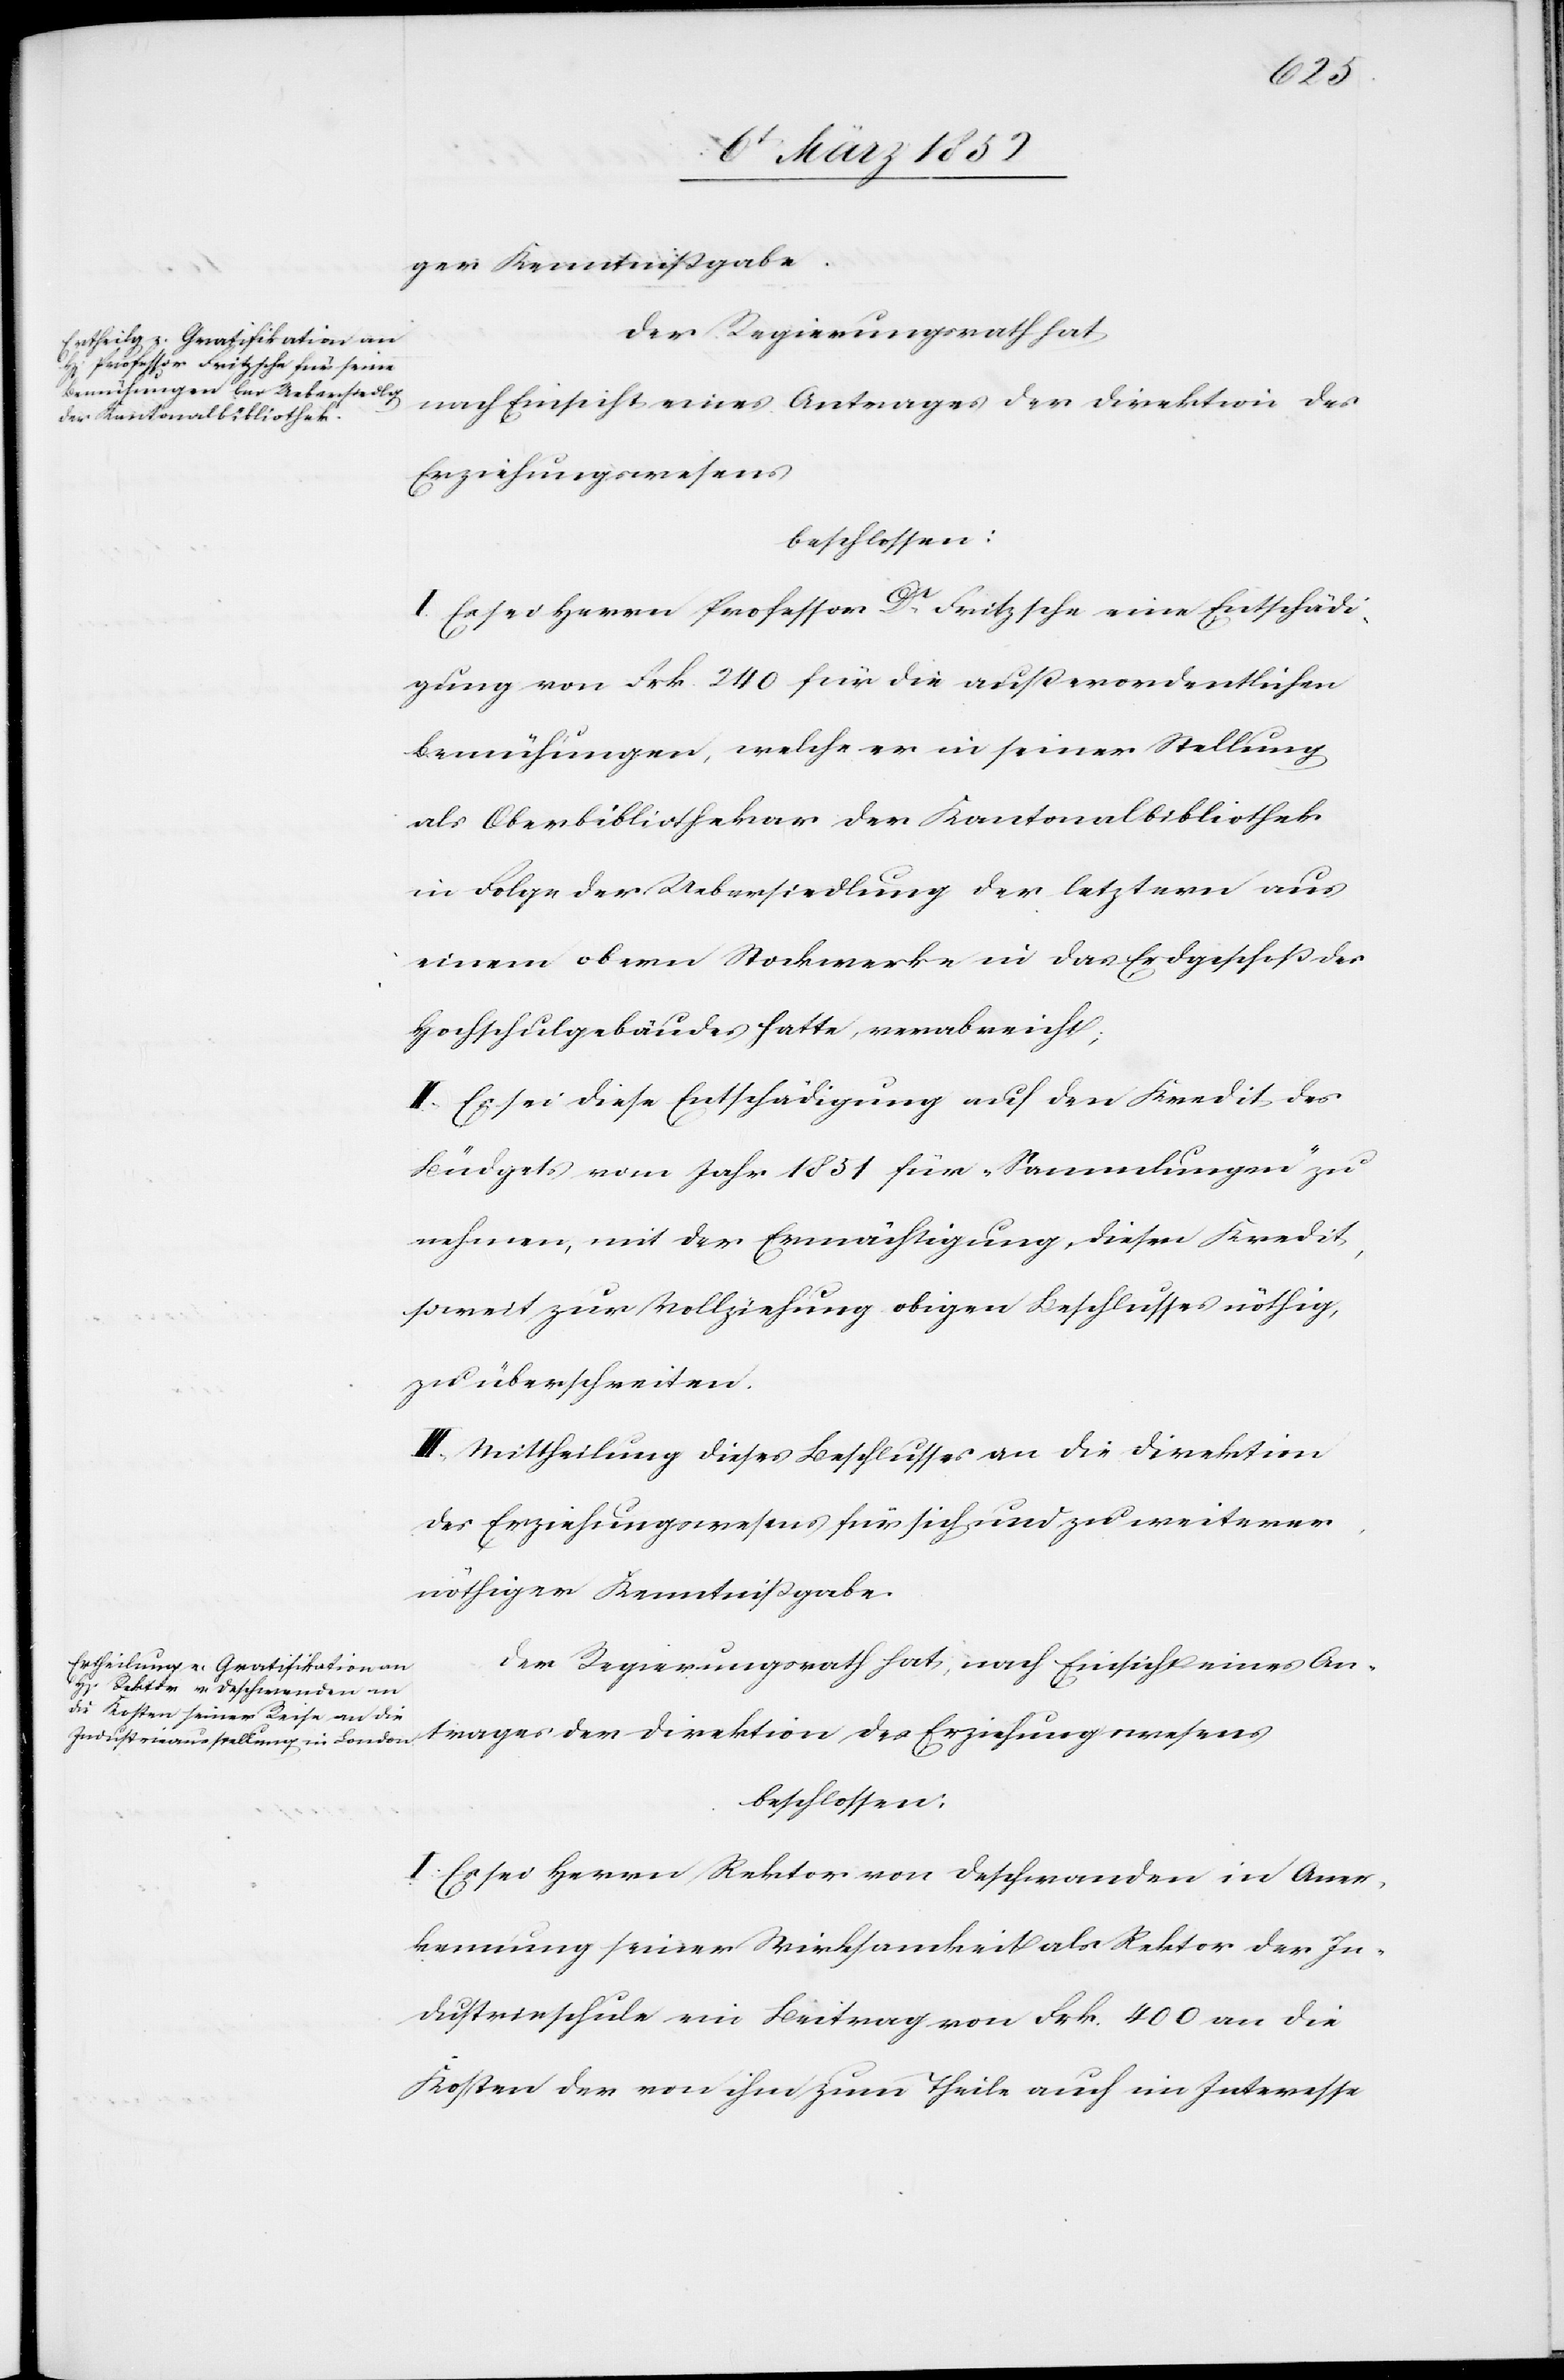
ger Kenntnißgabe.
Der Regierungsrath hat,
nach Einsicht eines Antrages der Direktion des
Erziehungswesens
beschlossen:
I. Es sei Herrn Professor Dr Fritzsche eine Entschädi¬
gung von Frk. 240 für die außerordentlichen
Bemühungen, welche er in seiner Stellung
als Oberbibliothekar der Kantonalbibliothek
in Folge der Uebersiedlung der letztern aus
einem obern Stockwerke in das Erdgeschoß des
Hochschulgebäudes hatte, verabreicht;
II. Es sei diese Entschädigung auf den Kredit des
Büdgets vom Jahr 1831 für „Sammlungen“ zu
nehmen, mit der Ermächtigung, diesen Kredit,
soweit zur Vollziehung obigen Beschlusses nöthig,
zu überschreiten.
III. Mittheilung dieses Beschlusses an die Direktion
des Erziehungswesens für sich und zu weiterer,
nöthiger Kenntnißgabe.
I. Es sei Herrn Rektor von Deschwanden in Aner¬
kennung seiner Wirksamkeit als Rektor der In¬
dustrieschule ein Beitrag von Frk. 400 an die
Kosten der von ihm zum Theile auch im Interesse